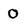
Character: 0